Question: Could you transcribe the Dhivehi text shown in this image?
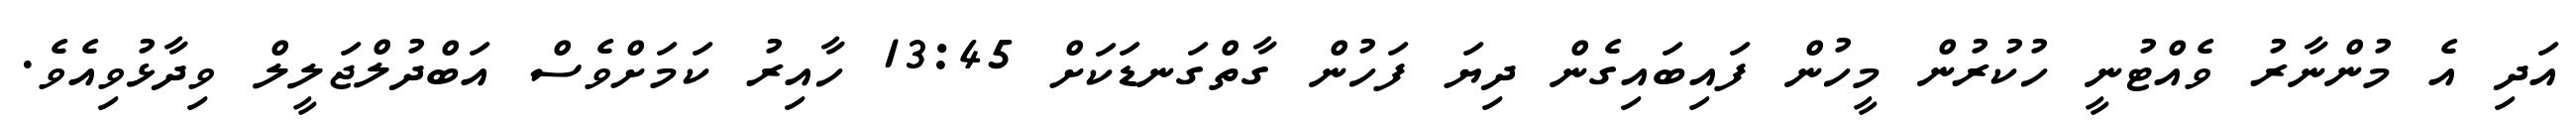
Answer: އަދި އެ މުންނާރު ވެއްޓުނީ ހުކުރުން މީހުން ފައިބައިގެން ދިޔަ ފަހުން ގާތްގަނޑަކަށް 13:45 ހާއިރު ކަމަށްވެސް އަބްދުލްޖަލީލް ވިދާޅުވިއެވެ.